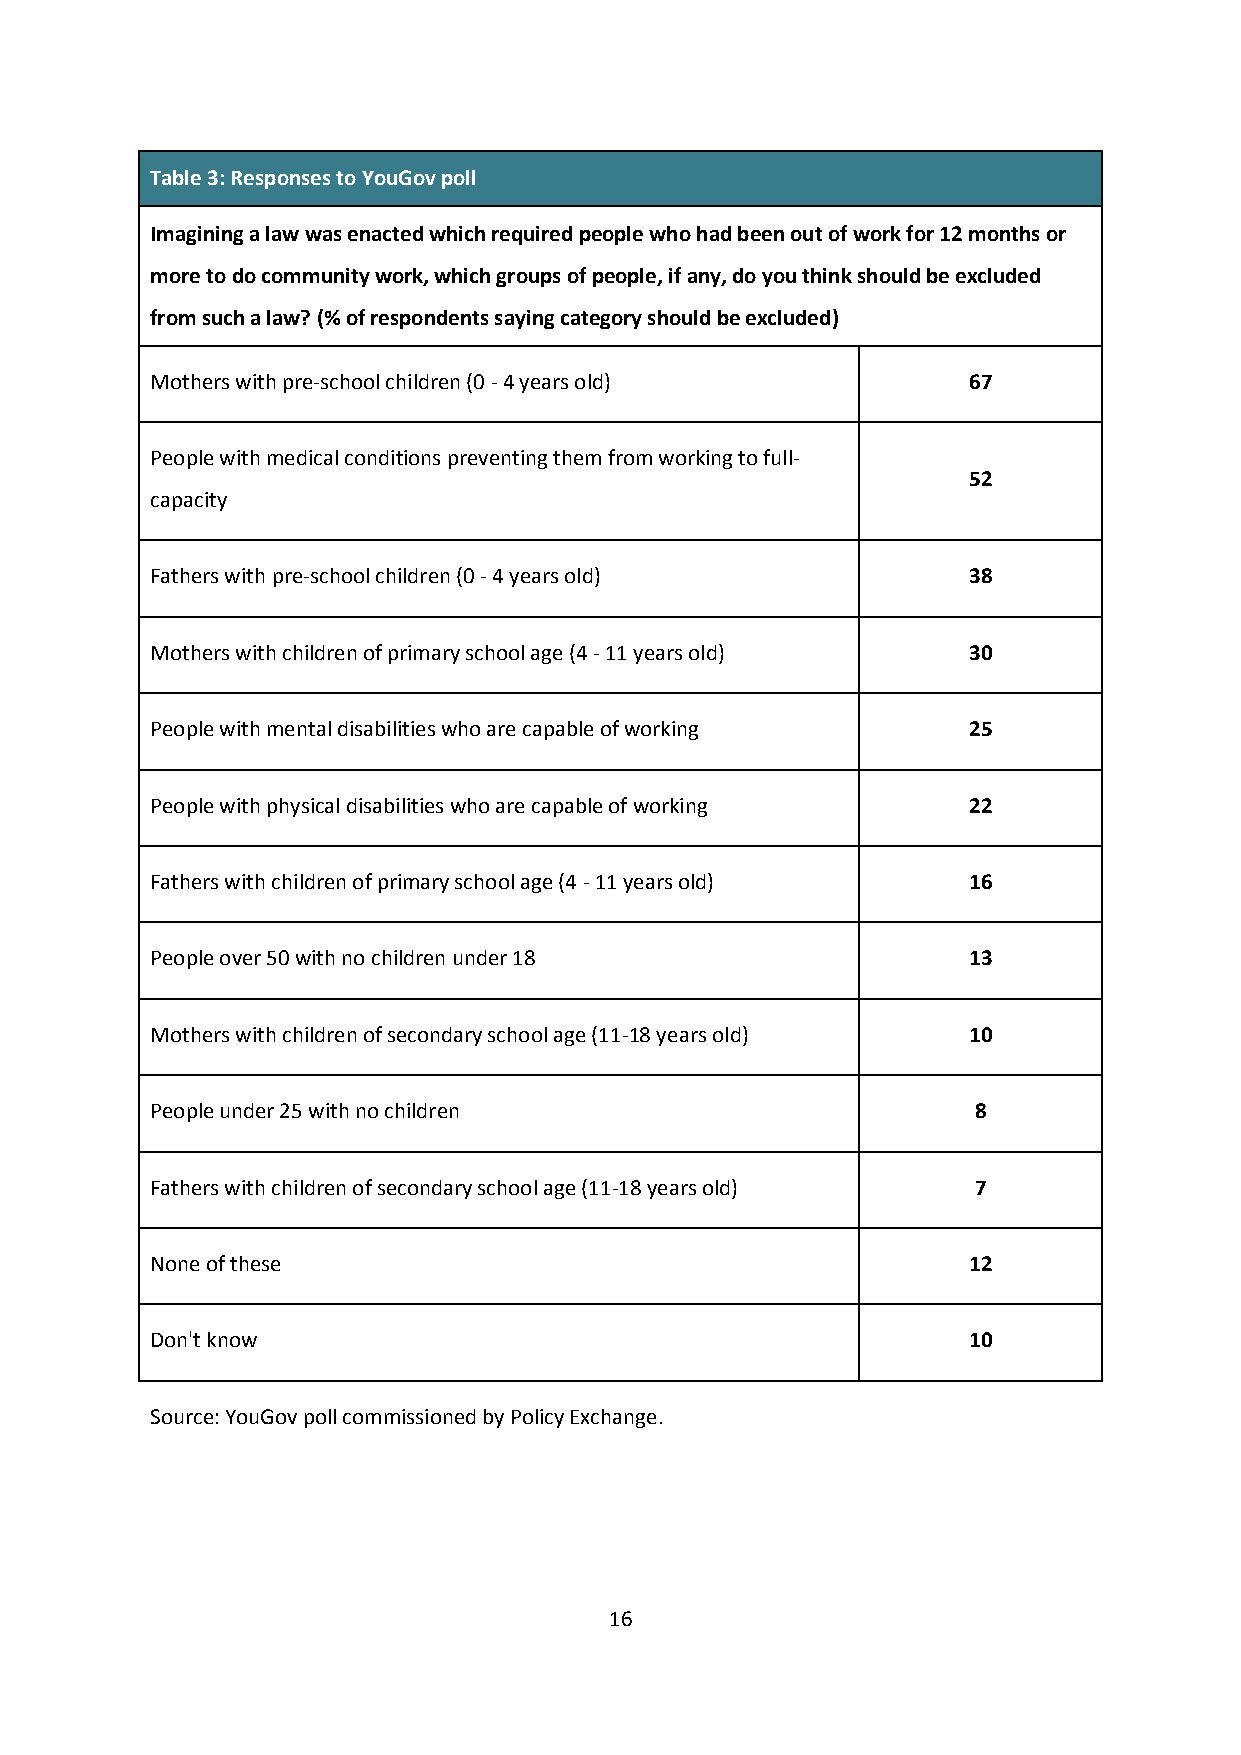
Table 3: Responses to YouGov poll
 Imagining a law was enacted which required people who had been out of work for 12 months or
 more to do community work, which groups of people, if any, do you think should be excluded
 from such a law? (% of respondents saying category should be excluded)
 Mothers with pre-school children (0 - 4 years old)    67
 People with medical conditions preventing them from working to full-
 52
 capacity
 Fathers with pre-school children (0 - 4 years old)    38
 Mothers with children of primary school age (4 - 11 years old) 30
 People with mental disabilities who are capable of working 25
 People with physical disabilities who are capable of working 22
 Fathers with children of primary school age (4 - 11 years old) 16
 People over 50 with no children under 18              13
 Mothers with children of secondary school age (11-18 years old) 10
 People under 25 with no children                       8
 Fathers with children of secondary school age (11-18 years old) 7
 None of these                                         12
 Don't know                                            10
 Source: YouGov poll commissioned by Policy Exchange.
 16